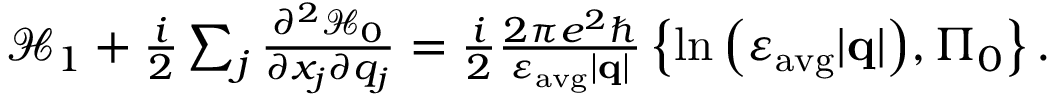
\begin{array} { r } { \mathcal { H } _ { 1 } + \frac { i } { 2 } \sum _ { j } \frac { \partial ^ { 2 } \mathcal { H } _ { 0 } } { \partial x _ { j } \partial q _ { j } } = \frac { i } { 2 } \frac { 2 \pi e ^ { 2 } \hbar } { \varepsilon _ { \mathrm { a v g } } | \mathbf { q } | } \left\{ \ln { \left( \varepsilon _ { \mathrm { a v g } } | \mathbf { q } | \right) } , \Pi _ { 0 } \right\} . } \end{array}